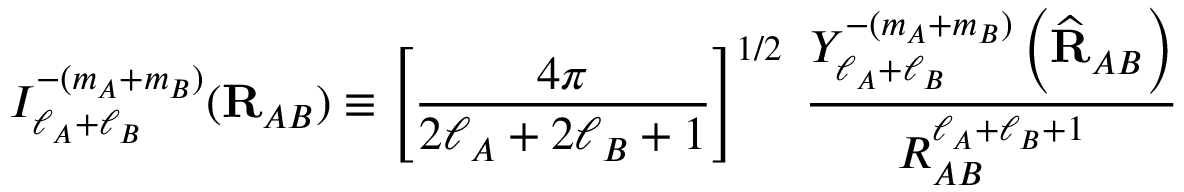
I _ { \ell _ { A } + \ell _ { B } } ^ { - ( m _ { A } + m _ { B } ) } ( \mathbf { R } _ { A B } ) \equiv \left[ { \frac { 4 \pi } { 2 \ell _ { A } + 2 \ell _ { B } + 1 } } \right] ^ { 1 / 2 } \; { \frac { Y _ { \ell _ { A } + \ell _ { B } } ^ { - ( m _ { A } + m _ { B } ) } \left( { \widehat { \mathbf { R } } } _ { A B } \right) } { R _ { A B } ^ { \ell _ { A } + \ell _ { B } + 1 } } }